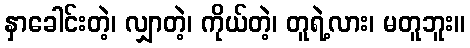
နှာခေါင်းတဲ့၊ လျှာတဲ့၊ ကိုယ်တဲ့၊ တူရဲ့လား၊ မတူဘူး။